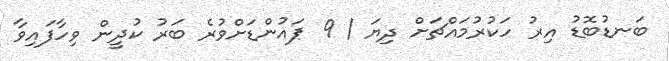
ބަނޑުބޮޑު އިރު ހަކުރުމައްޗަށް ދިޔަ / 9 ޕައުންޑަށްވުރެ ބަރު ކުދީން ވިހާފައިވާ